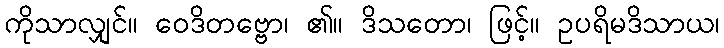
ကိုသာလျှင်။ ဝေဒိတဗ္ဗော၊ ၏။ ဒိသတော၊ ဖြင့်။ ဥပရိမဒိသာယ၊